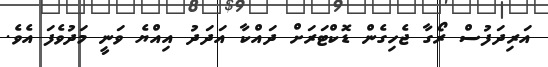
އަރިދަފުސް ރޯގާ ޖެހިގެން ޑޮކްޓަރަށް ދައްކާ އަދަދު އިއްޔެ ވަނީ މަދުވެފަ އެވެ.